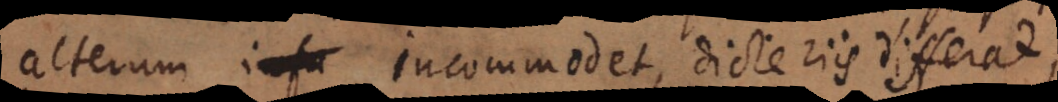
alterum infa incommodet, dicteriis differat,